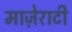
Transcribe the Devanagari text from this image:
माज़ेराटी